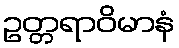
ဥတ္တရာဝိမာနံ